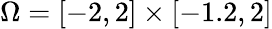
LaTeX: \Omega=[-2,2]\times[-1.2,2]